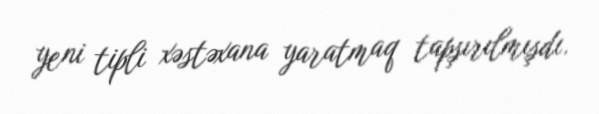
yeni tipli xəstəxana yaratmaq tapşırılmışdı.